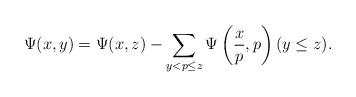
LaTeX: \begin{align*}\Psi(x,y)=\Psi(x,z)-\sum_{y < p \le z}\Psi\left(\frac{x}{p},p\right) (y \le z).\end{align*}